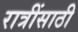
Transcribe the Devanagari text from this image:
रात्रींसाठी